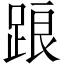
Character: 踉